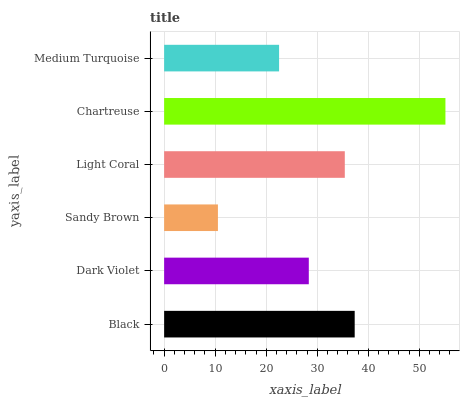
| yaxis_label | bars |
 | --- | --- |
 | Black | 37.3 |
 | Dark Violet | 28.3 |
 | Sandy Brown | 10.5 |
 | Light Coral | 35.4 |
 | Chartreuse | 55.1 |
 | Medium Turquoise | 22.5 |